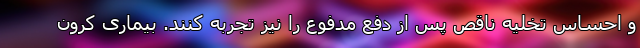
و احساس تخلیه ناقص پس از دفع مدفوع را نیز تجربه کنند. بیماری کرون